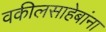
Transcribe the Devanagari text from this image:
वकीलसाहेबांना